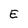
Character: E